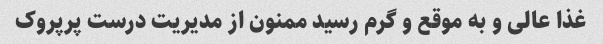
غذا عالی و به موقع و گرم رسید ممنون از مدیریت درست پرپروک